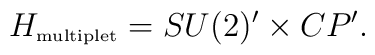
H_{\mbox{\tiny multiplet}} = SU(2)' \times CP'.